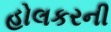
હોલકરની